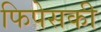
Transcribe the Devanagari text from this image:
फिपेसकी